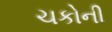
ચકોની